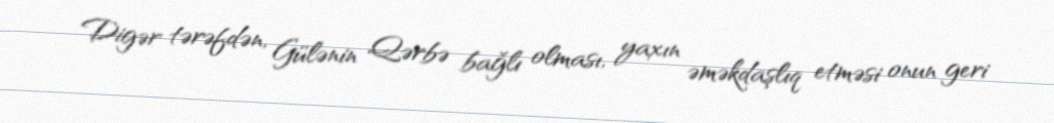
Digər tərəfdən, Gülənin Qərbə bağlı olması, yaxın əməkdaşlıq etməsi onun geri